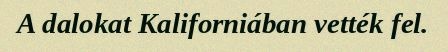
A dalokat Kaliforniában vették fel.